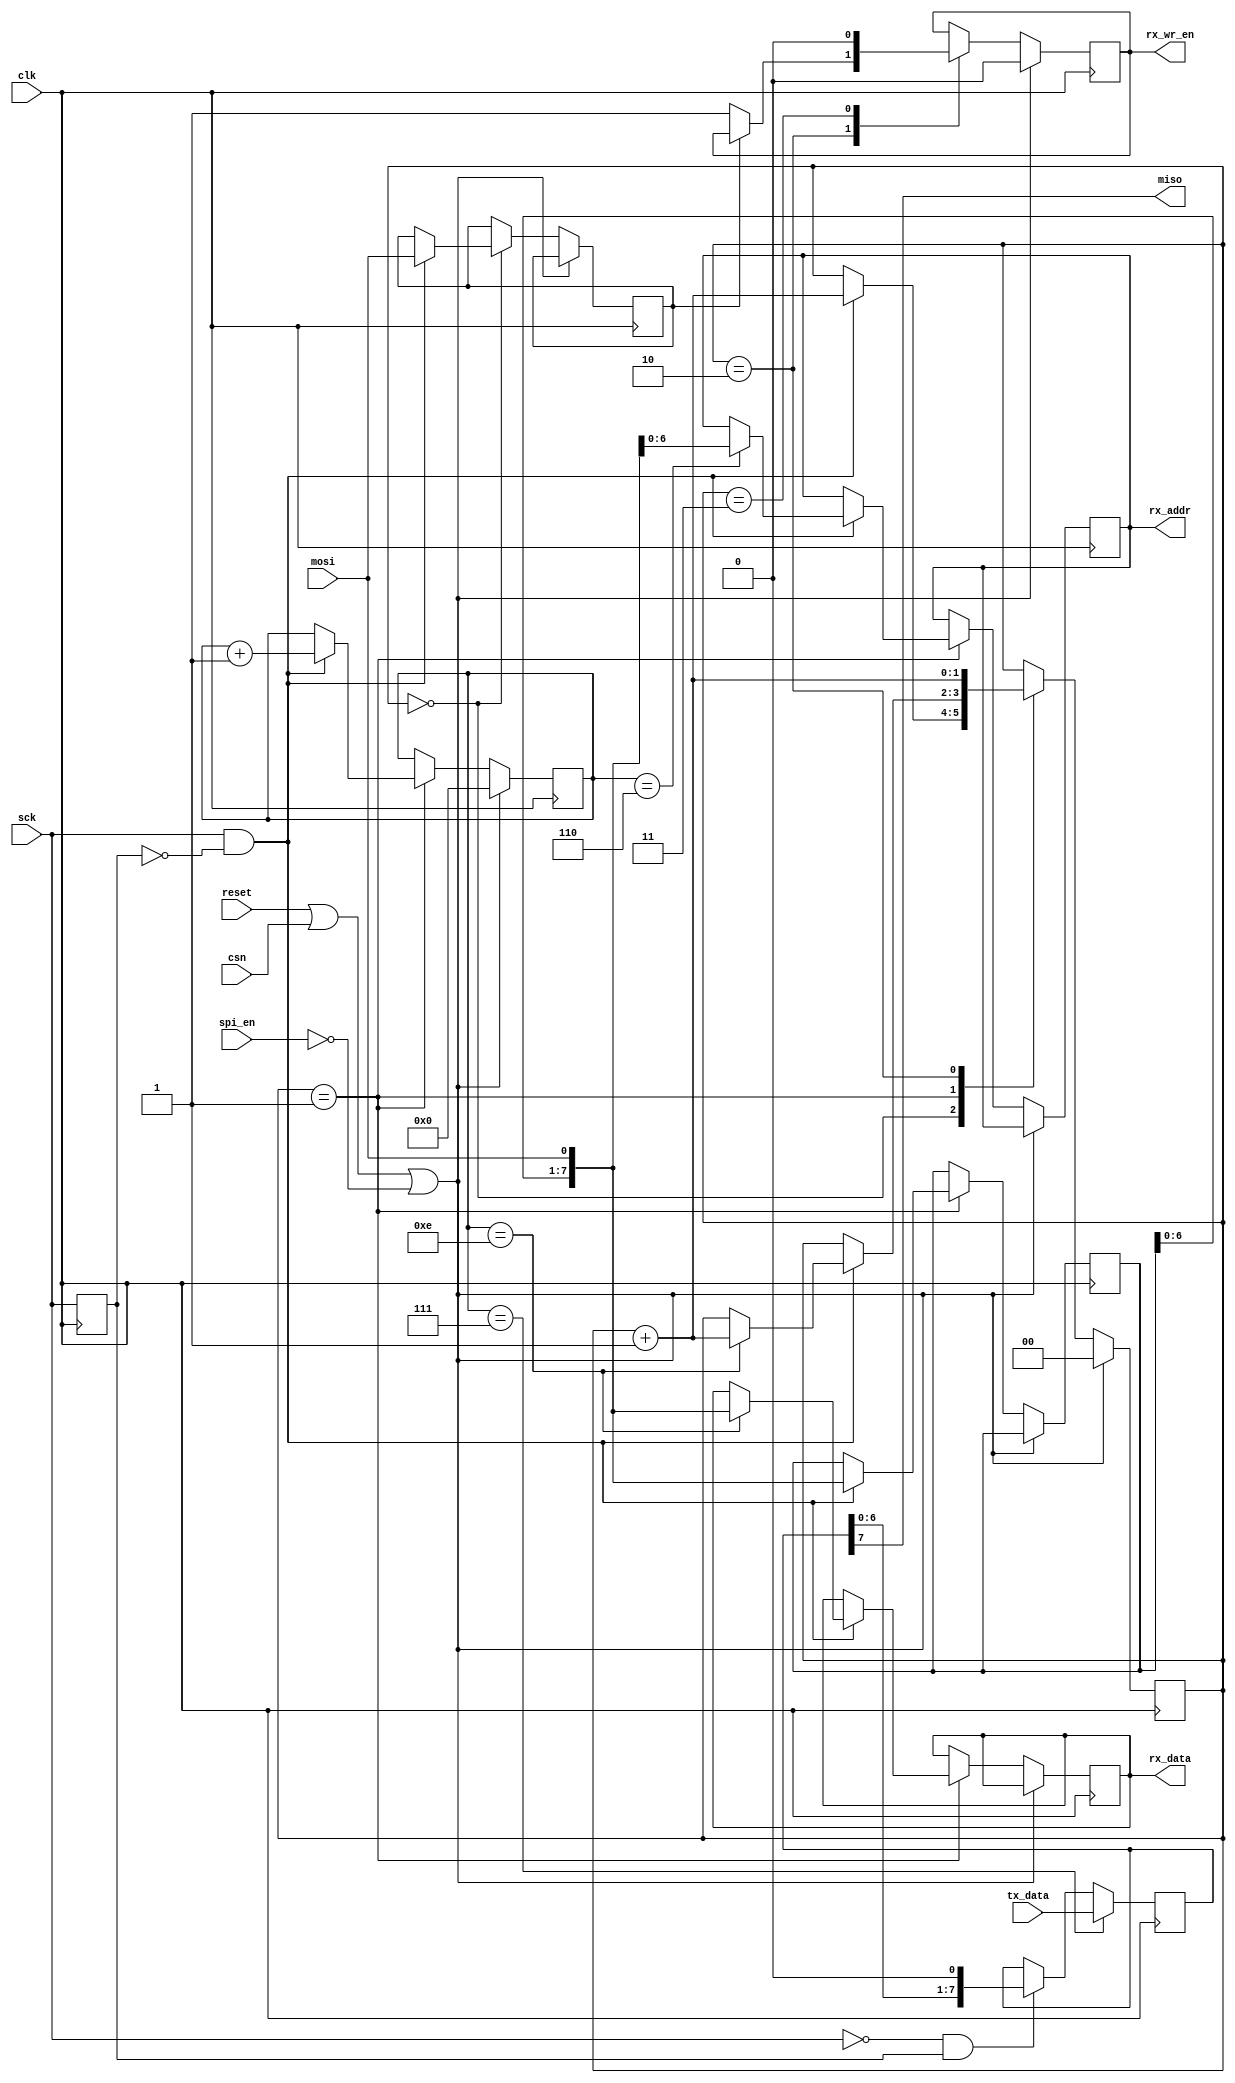
`timescale 1ns / 1ps
//////////////////////////////////////////////////////////////////////////////////
// Company: 		R&C
// 
// Module Name:    	spi slave physical layer
// Project Name:		Strack-S
// Target Devices:	Spartan 6 
// Tool versions:		14.7 
// Description: 
//		
//		spi slave physical layer: 
//			: 1 bit - wr/rd, 7 bits - address, 8 bits - data
//			: rx on rising edge
//
// Revision history: 
// Rev 0.01 - File Created
// Rev 1.0 	- ?	
//////////////////////////////////////////////////////////////////////////////////
module spi_phy(
		
		input wire 			clk,
		input wire 			reset,
		
		output reg 			rx_wr_en,
		output reg [6:0] 	rx_addr,
		output reg [7:0] 	rx_data,
		input wire [7:0] 	tx_data,
		
		input wire 			spi_en,
		input wire 			sck,
		input wire 			csn,
		input wire 			mosi,
		output wire 		miso
    );
	 
	 //declarations
	 wire 		spi_activate;
	 wire 		rx_bit_valid;
	 wire 		tx_bit_valid;
	 reg 			csn_r;
	 reg 			sck_r;
	 reg [1:0] 	state;
	 reg [7:0] 	tx_data_r;
	 reg 			operation;
	 reg [3:0] 	bit_cnt;
	 reg [7:0] 	temp_r;
	 //------------
	 

	 
	 
	 always @ (posedge clk) begin
		sck_r <= sck;
		csn_r <= csn;			
	 end
	 
	 
	 //sample on rising edge
	 assign rx_bit_valid = sck & ~sck_r;
	 //send on falling edge
	 assign tx_bit_valid = ~sck & sck_r;
	 //activate on falling edge of cs
	 assign spi_activate = ~csn & csn_r;
	 
	 //spi slave state machine
	 always @ (posedge clk) begin
		if(reset | csn | !spi_en) begin
			state <= 0;
			rx_wr_en <= 0;
			bit_cnt <= 0;
		end				
		else begin
				case(state)
				0: begin
					if(rx_bit_valid) begin
						operation <= mosi;
						state <= state + 1;
					end				
				end
				1: begin
						if(rx_bit_valid) begin
							temp_r <= {temp_r[6:0],mosi};						
							bit_cnt <= bit_cnt + 1;
							if(bit_cnt == 6)
								rx_addr <= {temp_r[5:0],mosi};
							if(bit_cnt == 14) begin
								state <= state + 1;	
								rx_data <= {temp_r[6:0],mosi};	
							end
						end
					end
				2: begin				
						state <= state + 1;			
						if(operation == 0)
							rx_wr_en <= 1;
					end
				3: rx_wr_en <= 0;
			endcase
		end
	 end
	 
	 	 
		 always @ (posedge clk) begin
			if(bit_cnt == 7) tx_data_r <= tx_data;
			else if(tx_bit_valid) tx_data_r <= {tx_data_r[6:0],1'b0};			
		 end
		 
		assign miso = tx_data_r[7];

endmodule